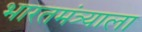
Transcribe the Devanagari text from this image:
भारतमंत्र्याला